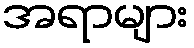
အရာများ